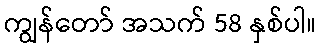
ကျွန်တော် အသက် 58 နှစ်ပါ။